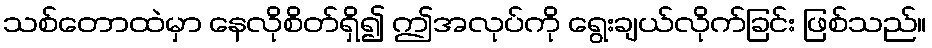
သစ်တောထဲမှာ နေလိုစိတ်ရှိ၍ ဤအလုပ်ကို ရွေးချယ်လိုက်ခြင်း ဖြစ်သည်။